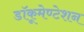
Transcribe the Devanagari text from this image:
डॉकूमेण्टेशन